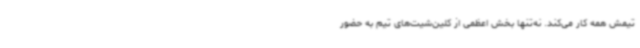
تیمش همه کار می‌کند. نه‌تنها بخش اعظمی از کلین‌شیت‌های تیم به حضور